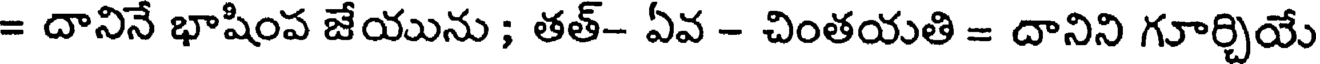
= దానినే భాషింప జేయును ; తత్- ఏవ - చింతయతి = దానిని గూర్చియే